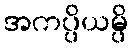
အကပ္ပိယမ္ပိ